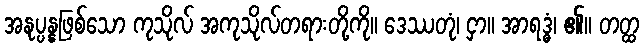
အနုပ္ပန္နဖြစ်သော ကုသိုလ် အကုသိုလ်တရားတို့ကို။ ဒေဿတုံ၊ ငှာ။ အာရဒ္ဓံ၊ ၏။ တတ္ထ